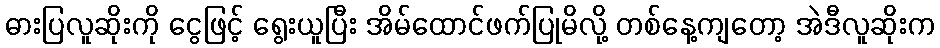
ဓားပြလူဆိုးကို ငွေဖြင့် ရွေးယူပြီး အိမ်ထောင်ဖက်ပြုမိလို့ တစ်နေ့ကျတော့ အဲဒီလူဆိုးက